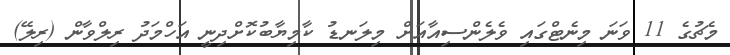
މެޗުގެ 11 ވަނަ މިނެޓްގައި ވެލެންސިއާއަށް މިލަނޑު ކާމިޔާބުކޮށްދިނީ އަހްމަދު ރިލްވާން (ރިލޭ)